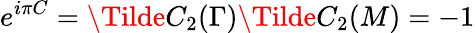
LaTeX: e^{i\pi C}=\Tilde{C}_{2}(\Gamma)\Tilde{C}_{2}(M)=-1